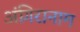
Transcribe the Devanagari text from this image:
अंगिरानाम